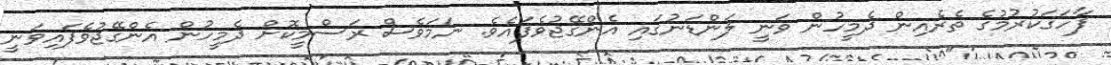
ފާހަގަކުރުމުގެ ތެރެއިން ދެމީހުން ވަނީ ލަންޑަނުގައި އެންގޭޖުވެފައެވެ. ނަމަވެސް ރަސްމީކޮށް ދެމީހުން އެންގޭޖުވެފައިވަނީ